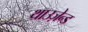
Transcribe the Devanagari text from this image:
थाउज़ेन्ड